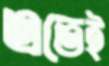
এতেই